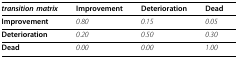
<table><thead><tr><td><b><i>transition matrix</i></b></td><td><b>Improvement</b></td><td><b>Deterioration</b></td><td><b>Dead</b></td></tr></thead><tbody><tr><td><b>Improvement</b></td><td><i>0.80</i></td><td><i>0.15</i></td><td><i>0.05</i></td></tr><tr><td><b>Deterioration</b></td><td><i>0.20</i></td><td><i>0.50</i></td><td><i>0.30</i></td></tr><tr><td><b>Dead</b></td><td><i>0.00</i></td><td><i>0.00</i></td><td><i>1.00</i></td></tr></tbody></table>